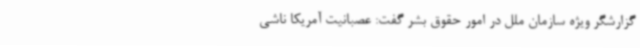
گزارشگر ویژه سازمان ملل در امور حقوق بشر گفت:‌ عصبانیت آمریکا ناشی